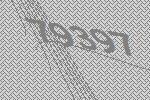
79397